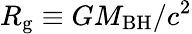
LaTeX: R_{\mathrm{g}}\equiv GM_{\mathrm{BH}}/c^{2}